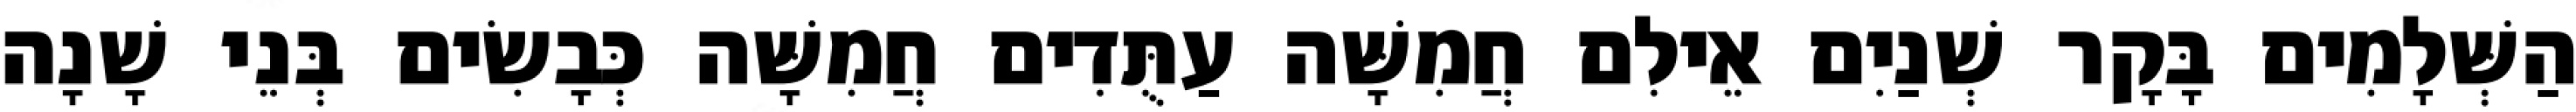
הַשְּׁלָמִים בָּקָר שְׁנַיִם אֵילִם חֲמִשָּׁה עַתֻּדִים חֲמִשָּׁה כְּבָשִׂים בְּנֵי שָׁנָה